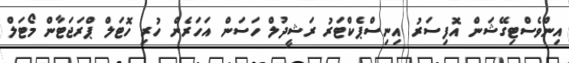
އިންވެސްޓިގޭޝަން އޮފިސަރު އިނިސްޕެކްޓަރު ރަޝީދުލް ހަސަން އަހަރެން ހުރި ހޮޓަލް ޕްރަޖަޓާން މޯޓަލް